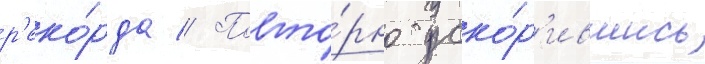
р'еко́рда // Повто́рно уско́р'ившись